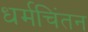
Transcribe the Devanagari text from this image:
धर्मचिंतन